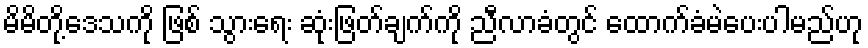
မိမိတို့ဒေသကို ဖြစ် သွားရေး ဆုံးဖြတ်ချက်ကို ညီလာခံတွင် ထောက်ခံမဲပေးပါမည်ဟု